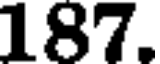
187.